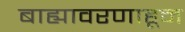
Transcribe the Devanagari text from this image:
बाह्यावरणाहून